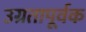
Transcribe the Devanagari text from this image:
उग्रतापूर्वक